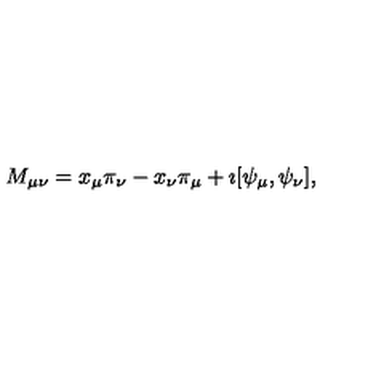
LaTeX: M _ { \mu \nu } = x _ { \mu } \pi _ { \nu } - x _ { \nu } \pi _ { \mu } + \imath [ \psi _ { \mu } , \psi _ { \nu } ] ,